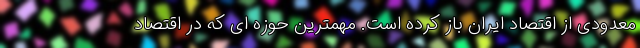
معدودی از اقتصاد ایران باز کرده است. مهمترین حوزه ای که در اقتصاد